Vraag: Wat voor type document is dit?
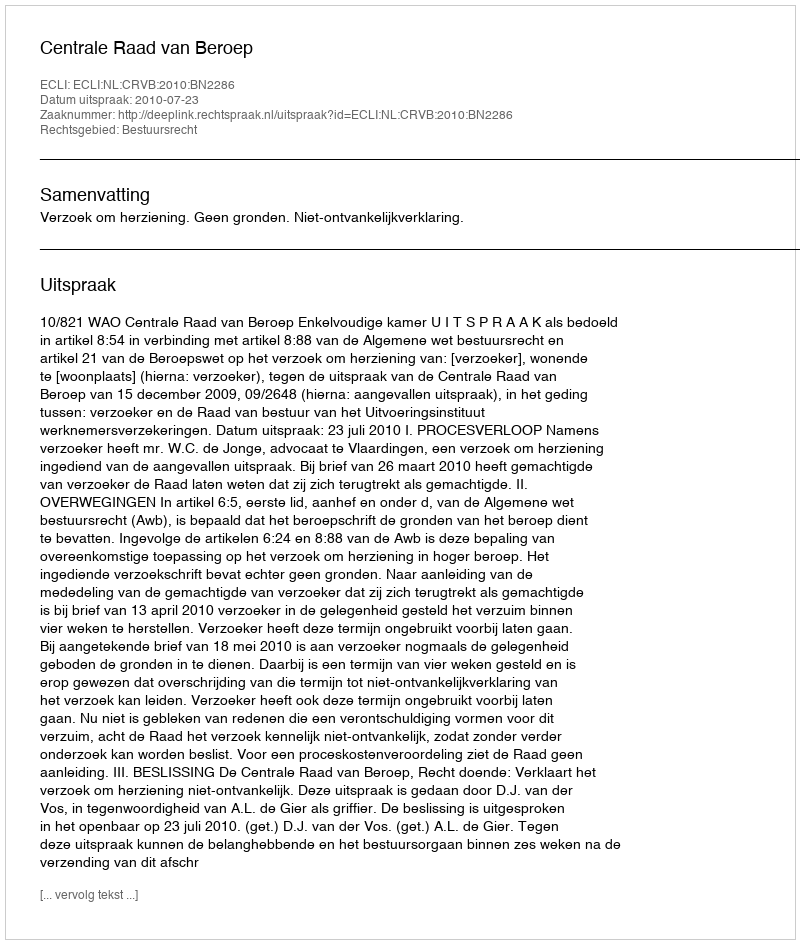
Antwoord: Uitspraak